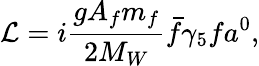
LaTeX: {\cal L}=i\frac{gA_{f}m_{f}}{2M_{W}}\bar{f}\gamma_{5}fa^{0},